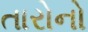
તારોનો